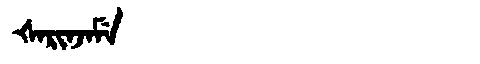
Manchu: ᡧᠠᡵᡳᠨᠵᠠᠮᡝ
Romanization: ŠARINJAME